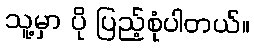
သူ့မှာ ပို ပြည့်စုံပါတယ်။